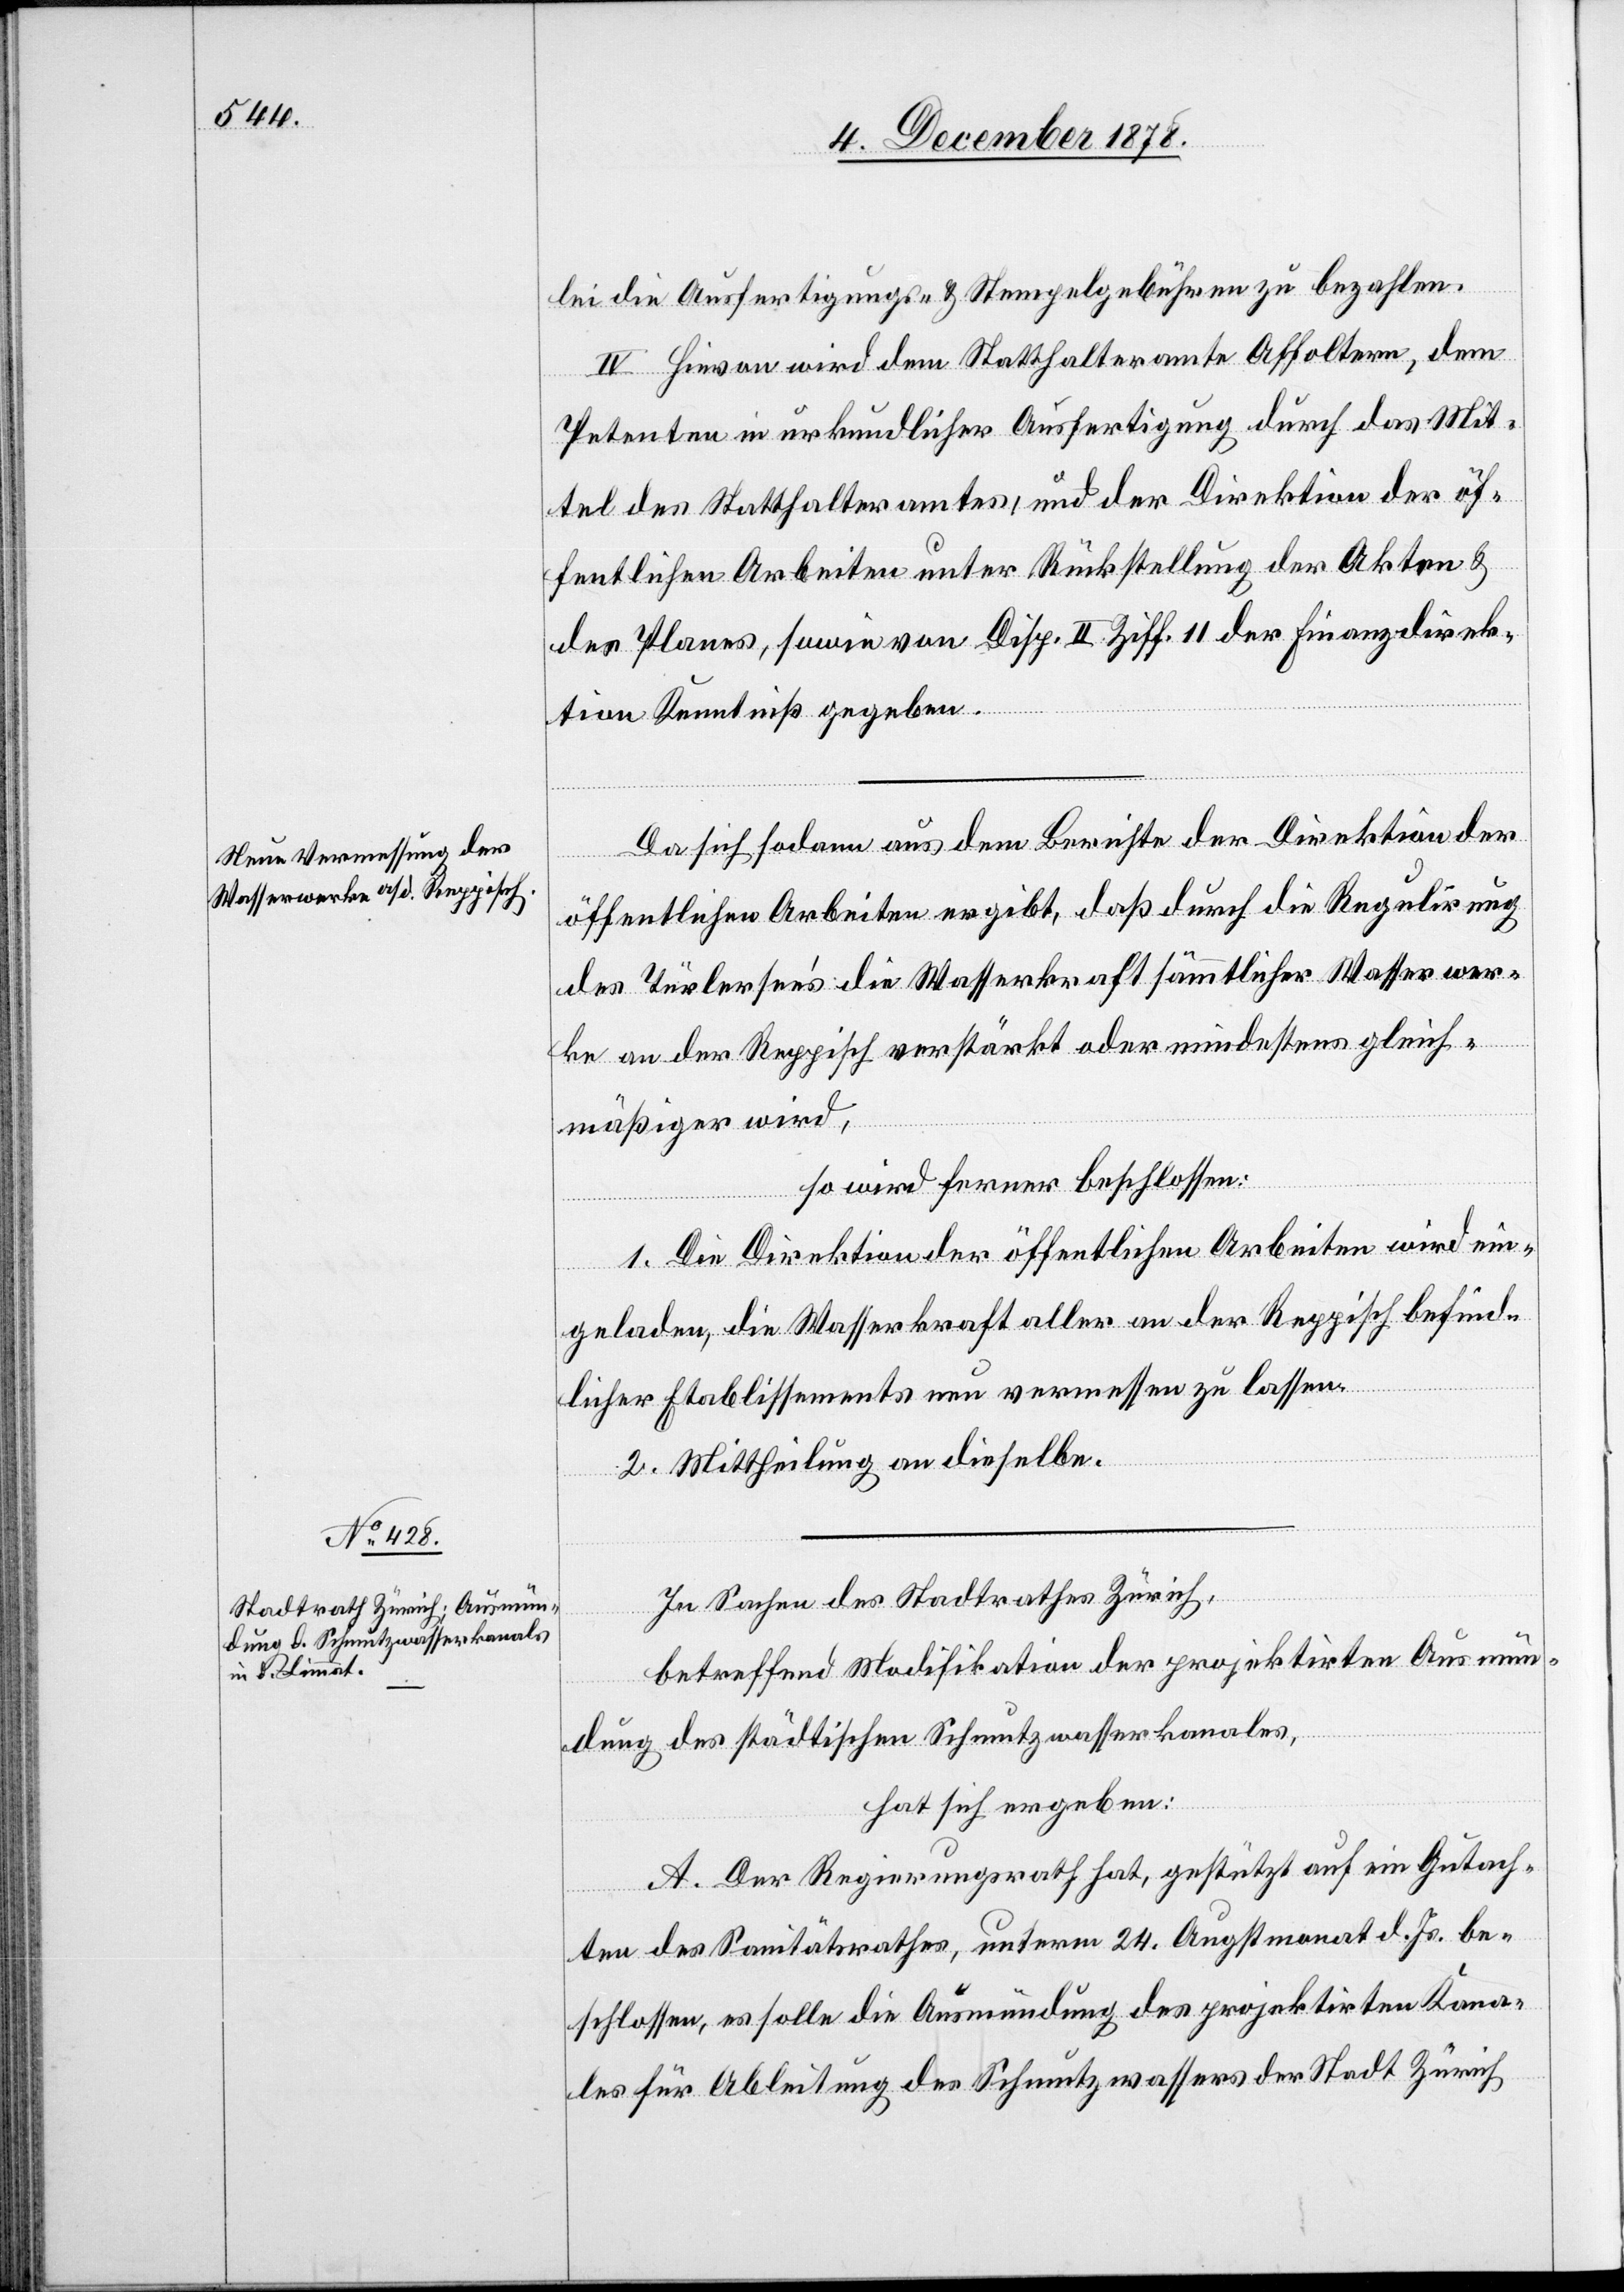
[Fortsetzung
lei die Ausfertigungs- und Stempelgebühren zu bezahlen.
IV. Hievon wird dem Statthalteramte Affoltern, dem
Petenten in urkundlicher Ausfertigung durch das Mit¬
tel des Statthalteramtes, und der Direktion der öf¬
fentlichen Arbeiten unter Rückstellung der Akten &
des Planes, sowie Disp. II. Ziff. 11 der Finanzdirek¬
tion Kenntniß gegeben.
Da sich sodann aus dem Berichte der Direktion der
öffentlichen Arbeiten ergibt, daß durch die Regulirung
des Türlersee’s die Wasserkraft sämmtlicher Wasserwer¬
ke an der Reppisch verstärkt oder mindestens gleich¬
mäßiger wird,
so wird ferner beschlossen:
1. Die Direktion der öffentlichen Arbeiten wird ein¬
geladen, die Wasserkraft aller an der Reppisch befind¬
licher Etablissements neu vermessen zu lassen.
2. Mittheilung an dieselbe.
In Sachen des Stadtrathes Zürich,
betreffend Modifikation der projektirten Ausmün¬
dung des städtischen Schmutzwasserkanales,
hat sich ergeben:
A. Der Regierungsrath hat, gestützt auf ein Gutach¬
ten des Sanitätsrathes, unterm 24. Augstmonat d. Js. be¬
schlossen, es solle die Ausmündung des projektirten Kana¬
les für Ableitung des Schutzwassers der Stadt Zürich